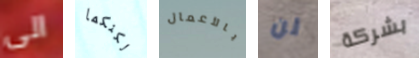
الى لكنكما بالأعمال لن بشركة